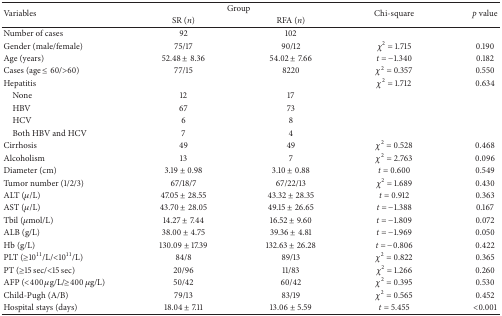
<table><thead><tr><td rowspan="2"><b>Variables</b></td><td colspan="2"><b>Group</b></td><td rowspan="2"><b>Chi-square</b></td><td rowspan="2"><b><i>p </i>value</b></td></tr><tr><td><b>SR (<i>n</i>)</b></td><td><b>RFA (<i>n</i>)</b></td></tr></thead><tbody><tr><td>Number of cases</td><td>92</td><td>102</td><td> </td><td> </td></tr><tr><td>Gender (male/female)</td><td>75/17</td><td>90/12</td><td><i>χ</i><sup>2</sup> = 1.715</td><td>0.190</td></tr><tr><td>Age (years)</td><td>52.48 ± 8.36</td><td>54.02 ± 7.66</td><td><i>t</i> = −1.340</td><td>0.182</td></tr><tr><td>Cases (age ≤ 60/&gt;60)</td><td>77/15</td><td>8220</td><td><i>χ</i><sup>2</sup> = 0.357</td><td>0.550</td></tr><tr><td>Hepatitis</td><td> </td><td> </td><td><i>χ</i><sup>2</sup> = 1.712</td><td>0.634</td></tr><tr><td> None</td><td>12</td><td>17</td><td> </td><td> </td></tr><tr><td> HBV</td><td>67</td><td>73</td><td> </td><td> </td></tr><tr><td> HCV</td><td>6</td><td>8</td><td> </td><td> </td></tr><tr><td> Both HBV and HCV</td><td>7</td><td>4</td><td> </td><td> </td></tr><tr><td>Cirrhosis</td><td>49</td><td>49</td><td><i>χ</i><sup>2</sup> = 0.528</td><td>0.468</td></tr><tr><td>Alcoholism</td><td>13</td><td>7</td><td><i>χ</i><sup>2</sup> = 2.763</td><td>0.096</td></tr><tr><td>Diameter (cm)</td><td>3.19 ± 0.98</td><td>3.10 ± 0.88</td><td><i>t</i> = 0.600</td><td>0.549</td></tr><tr><td>Tumor number (1/2/3)</td><td>67/18/7</td><td>67/22/13</td><td><i>χ</i><sup>2</sup> = 1.689</td><td>0.430</td></tr><tr><td>ALT (<i>μ</i>/L)</td><td>47.05 ± 28.55</td><td>43.32 ± 28.35</td><td><i>t</i> = 0.912</td><td>0.363</td></tr><tr><td>AST (<i>μ</i>/L) </td><td>43.70 ± 28.05</td><td>49.15 ± 26.65</td><td><i>t</i> = −1.388</td><td>0.167</td></tr><tr><td>Tbil (<i>μ</i>mol/L) </td><td>14.27 ± 7.44</td><td>16.52 ± 9.60</td><td><i>t</i> = −1.809</td><td>0.072</td></tr><tr><td>ALB (g/L)</td><td>38.00 ± 4.75</td><td>39.36 ± 4.81</td><td><i>t</i> = −1.969</td><td>0.050</td></tr><tr><td>Hb (g/L)</td><td>130.09 ± 17.39</td><td>132.63 ± 26.28</td><td><i>t</i> = −0.806</td><td>0.422</td></tr><tr><td>PLT (≥10<sup>11</sup>/L/&lt;10<sup>11</sup>/L)</td><td>84/8</td><td>89/13</td><td><i>χ</i><sup>2</sup> = 0.822</td><td>0.365</td></tr><tr><td>PT (≥15 sec/&lt;15 sec)</td><td>20/96</td><td>11/83</td><td><i>χ</i><sup>2</sup> = 1.266</td><td>0.260</td></tr><tr><td>AFP (&lt;400 <i>μ</i>g/L/≥400 <i>μ</i>g/L)</td><td>50/42</td><td>60/42</td><td><i>χ</i><sup>2</sup> = 0.395</td><td>0.530</td></tr><tr><td>Child-Pugh (A/B)</td><td>79/13</td><td>83/19</td><td><i>χ</i><sup>2</sup> = 0.565</td><td>0.452</td></tr><tr><td>Hospital stays (days)</td><td>18.04 ± 7.11</td><td>13.06 ± 5.59</td><td><i>t</i> = 5.455</td><td>&lt;0.001</td></tr></tbody></table>